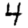
Digit: 4